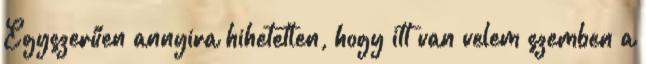
Egyszerűen annyira hihetetlen, hogy itt van velem szemben a